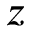
z